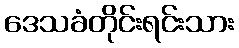
ဒေသခံတိုင်းရင်းသား